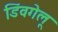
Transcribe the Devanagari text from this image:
डिंवगेलू